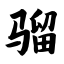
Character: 骝